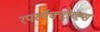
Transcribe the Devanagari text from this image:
रपर्स्पेक्टीव्ह्स